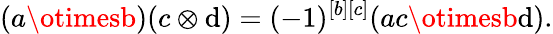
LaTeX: (a\otimesb)(c\otimes\mathrm{d})=(-1)^{[b][c]}(ac\otimesb\mathrm{d}).